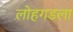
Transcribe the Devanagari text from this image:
लोहगडला